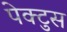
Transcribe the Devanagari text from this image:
पेक्टुस